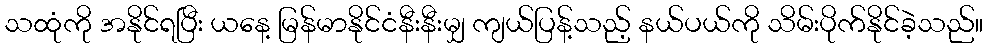
သထုံကို အနိုင်ရပြီး ယနေ့ မြန်မာနိုင်ငံနီးနီးမျှ ကျယ်ပြန့်သည့် နယ်ပယ်ကို သိမ်းပိုက်နိုင်ခဲ့သည်။